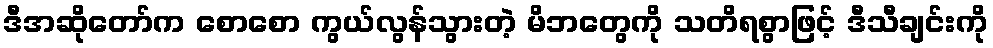
ဒီအဆိုတော်က စောစော ကွယ်လွန်သွားတဲ့ မိဘတွေကို သတိရစွာဖြင့် ဒီသီချင်းကို